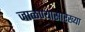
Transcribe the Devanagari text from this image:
जाळण्यासारख्या